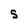
Character: S